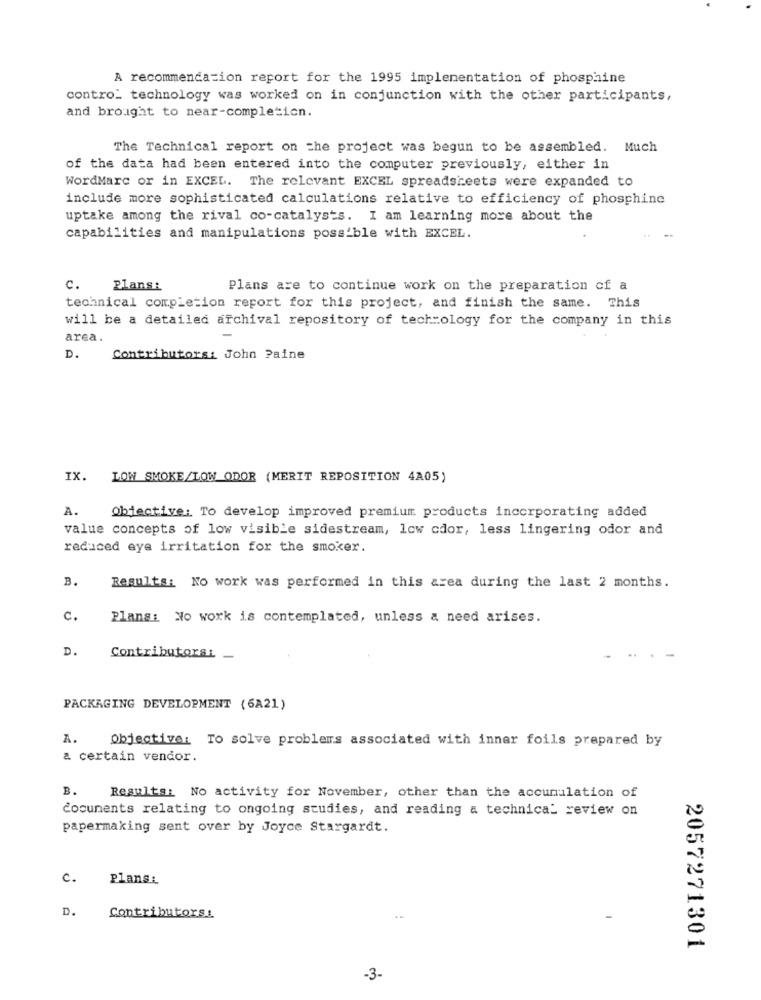
A recommendation report for the 1995 implementation of phosphine
contro_ technology was worked on in conjunction with the other participants,
and brought to near-completicn.
The Technical report on the project was begun to be assembled. Much
of the data had been entered into the computer previously, either in
WordMarc or in EXCEL. The relevant EXCEL spreadsheets were expanded to
include more sophisticated calculations relative to efficiency of phosphine
uptake among the rival co-catalysts. I am learning more about the
capabilities and manipulations possible with EXCEL.
Plans:
Plans are to continue work on the preparation of a
technical completion report for this project, and finish the same. This
will be a detailed archival repository of tech=ology for the company in this
area.
D.
Contributors: John Paine
IX.
LOW SMOKE/LOW ODOR (MERIT REPOSITION 4A05)
A.
Objective: To develop improved premium products incorporating added
value concepts of low visible sidestream, low odor, less lingering odor and
reduced eye irritation for the smoker.
B.
Results: No work was performed in this area during the last 2 months.
c.
Plans: No work is contemplated, unless a need arises.
D.
Contributors: _
PACKAGING DEVELOPMENT (6A21)
A.
Objective: To solve problems associated with inner foils prepared by
a certain vendor.
B.
Results: No activity for November, other than the accumulation of
documents relating to ongoing studies, and reading a technical review on
papermaking sent over by Joyce Stargardt.
c.
Plans:
D.
Contributors!
2057271301
-3.